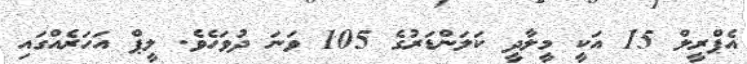
އެޕްރީލް 15 އަކީ މީލާދީ ކަލަންޑަރުގެ 105 ވަނަ ދުވަހެވެ. ލީޕް އަހަރެއްގައި